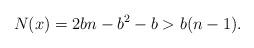
LaTeX: \begin{align*}N(x) = 2bn-b^2 -b > b(n-1). \end{align*}